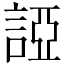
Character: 䛩